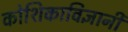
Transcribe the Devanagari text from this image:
कोशिकाविज्ञानी